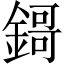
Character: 鎶